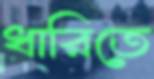
ধারিতে